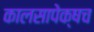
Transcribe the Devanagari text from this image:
कालसापेक्षच